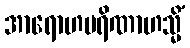
အာရောဟပရိဏာဟသ္မိံ